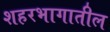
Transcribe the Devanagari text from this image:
शहरभागातील